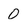
Character: 0